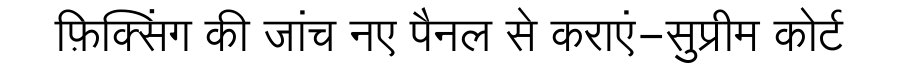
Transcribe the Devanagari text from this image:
फ़िक्सिंग की जांच नए पैनल से कराएं-सुप्रीम कोर्ट